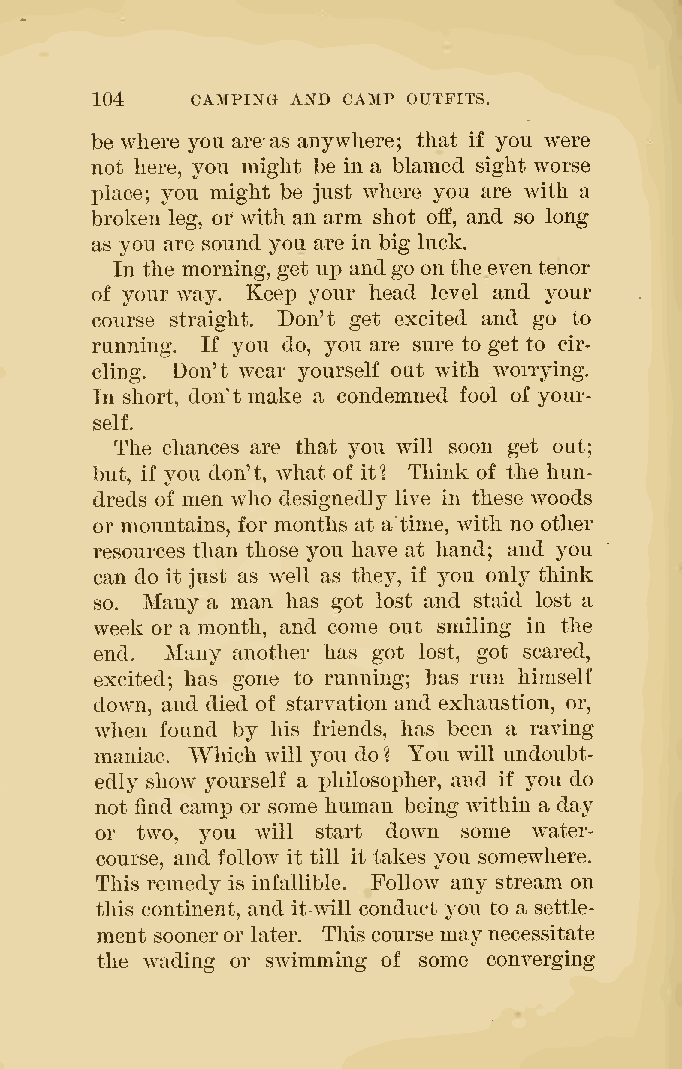
104    CAMPING AND CAMP OUTFITS.
 be where you are-as anywhere; that if you were
 not here, you might be in a blamed sight worse
 place; you might be just where you are with a
 broken leg, or with an arm shot off, and so long
 as you are sound you are in big luck.
 In the morning, get up andgo onthe eventenor
 of your way. Keep your head level and your
 course straight. Don't get excited and go to
 running. If you do, you are sure to get to cir-
 cling. Don't wear yourself out with worrying.
 In short, don't make a condemned fool of your-
 self.
 The chances are that you will soon get out;
 but, if you don't, what of it? Think of the hun-
 dreds of men who designedly live in these woods
 or mountains, for months at a time, with no other
 resources than those you have at hand; and you
 can do it just as well as they, if you only think
 so. Many a man has got lost and staid lost a
 week or a month, and come out smiling in the
 end. Many another has got lost, got scared,
 excited; has gone to running; has run himself
 down, and died of starvation and exhaustion, or,
 when found by his friends, has been a raving
 maniac. Which will you do ? You will undoubt-
 edly show yourself a philosopher, and if you do
 not find camp or some human being within a day
 or two, you will start down some water-
 course, and follow it till it takes you somewhere.
 This remedy is infallible. Follow any stream on
 this continent, and it will conduct you to a settle-
 ment sooneror later. This course maynecessitate
 the wading or swimming of some converging